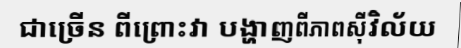
ជាច្រើន ពីព្រោះវា បង្ហាញពីភាពស៊ីវិល័យ